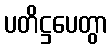
ပတိဋ္ဌပေတွာ